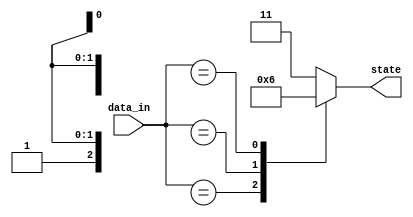
module behavioral_modeling(
    input wire [3:0] data_in,
    output reg [1:0] state
);

always @(*)
begin
    casez(data_in)
        4'b000x: state <= 2'b00; // if data_in is 000x, state is 00
        4'b01xx: state <= 2'b01; // if data_in is 01xx, state is 01
        4'b1xxx: state <= 2'b10; // if data_in is 1xxx, state is 10
        default: state <= 2'b11; // if none of the above conditions are met, state is 11
    endcase
end

endmodule